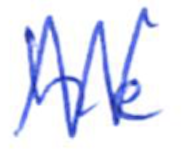
Text: he
Cross-out: zig-zag
Writing tool: ballpoint